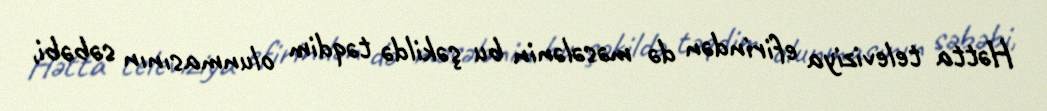
Hətta televiziya efirindən də məsələnin bu şəkildə təqdim olunmasının səbəbi,